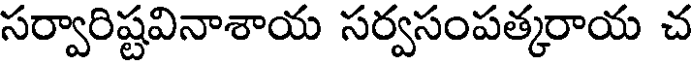
సర్వారిష్టవినాశాయ సర్వసంపత్కరాయ చ